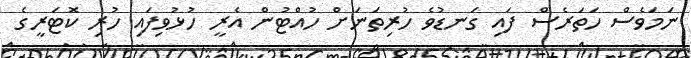
ނަމަވެސް ހަތަރެސް ފައި ގަނޑުވެ ހުރިތަނަށް ހުއްޓުން އެރީ ހުޅުވިފައި ހުރި ކޮޓަރީގެ